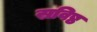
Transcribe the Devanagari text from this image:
स्रविष्ठ